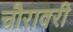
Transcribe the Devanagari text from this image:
चौरावरी